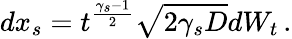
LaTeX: dx_{s}=t^{\frac{\gamma_{s}-1}{2}}\sqrt{2\gamma_{s}D}dW_{t}\, .